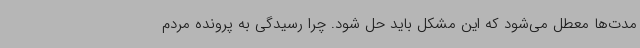
مدت‌ها معطل می‌شود که این مشکل باید حل شود. چرا رسیدگی به پرونده مردم